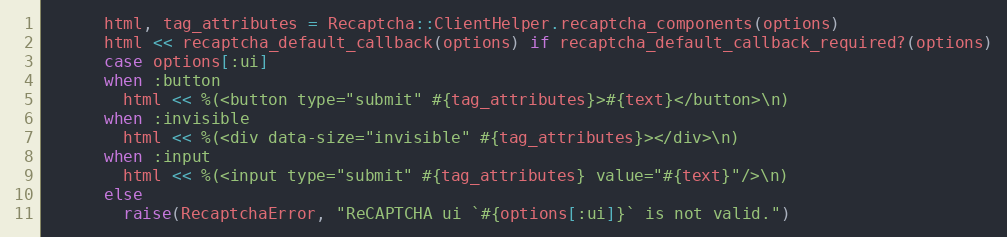
Language: Ruby
      html, tag_attributes = Recaptcha::ClientHelper.recaptcha_components(options)
      html << recaptcha_default_callback(options) if recaptcha_default_callback_required?(options)
      case options[:ui]
      when :button
        html << %(<button type="submit" #{tag_attributes}>#{text}</button>\n)
      when :invisible
        html << %(<div data-size="invisible" #{tag_attributes}></div>\n)
      when :input
        html << %(<input type="submit" #{tag_attributes} value="#{text}"/>\n)
      else
        raise(RecaptchaError, "ReCAPTCHA ui `#{options[:ui]}` is not valid.")